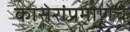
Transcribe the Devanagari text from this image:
कासेरांप्रमाणेंच